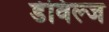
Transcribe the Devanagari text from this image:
डेविल्ज